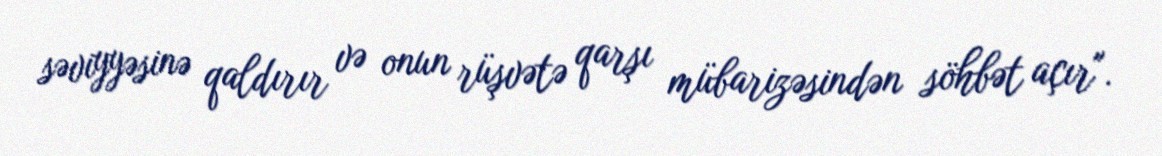
səviyyəsinə qaldırır və onun rüşvətə qarşı mübarizəsindən söhbət açır".